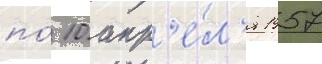
по́ 10 апр'е́л'я 1957